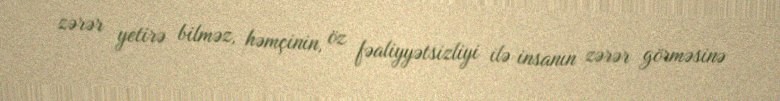
zərər yetirə bilməz, həmçinin, öz fəaliyyətsizliyi ilə insanın zərər görməsinə